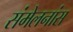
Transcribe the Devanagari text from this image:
संमेलनांस